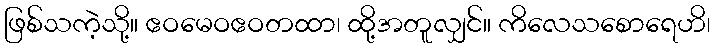
ဖြစ်သကဲ့သို့။ ဧဝမေဝဧဝတထာ၊ ထို့အတူလျှင်။ ကိလေသစောရေဟိ၊